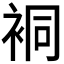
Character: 𧙥